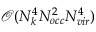
\mathcal { O } ( N _ { k } ^ { 4 } N _ { o c c } ^ { 2 } N _ { v i r } ^ { 4 } )